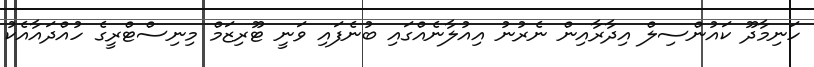
ހަނިމާދޫ ކައުންސިލް އިދާރާއިން ނެރުނު އިއުލާނެއްގައި ބުނެފައި ވަނީ ޓޫރިޒަމް މިނިސްޓްރީގެ ހުއްދައާއެކު